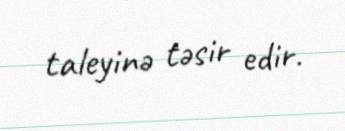
taleyinə təsir edir.